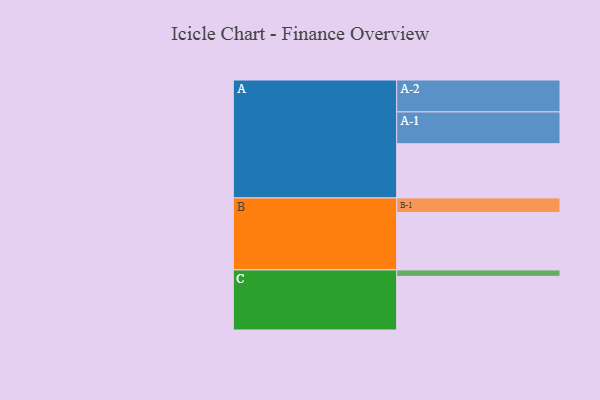
{"axis": {"x": "Segment", "y": "Value"}, "legend": ["", "A", "B", "C"], "data": [{"x": "A", "y": 499, "type": ""}, {"x": "B", "y": 528, "type": ""}, {"x": "C", "y": 494, "type": ""}, {"x": "A-1", "y": 293, "type": "A"}, {"x": "A-2", "y": 294, "type": "A"}, {"x": "B-1", "y": 135, "type": "B"}, {"x": "C-1", "y": 59, "type": "C"}]}